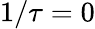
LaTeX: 1/\tau=0